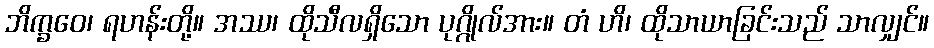
ဘိက္ခဝေ၊ ရဟန်းတို့။ အဿ၊ ထိုသီလရှိသော ပုဂ္ဂိုလ်အား။ တံ ဟိ၊ ထိုသာယာခြင်းသည် သာလျှင်။